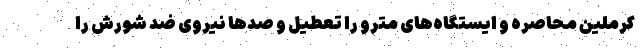
کرملین محاصره و ایستگاه‌های مترو را تعطیل و صدها نیروی ضد شورش را